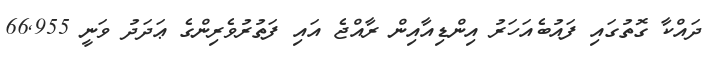
ދައްކާ ގޮތުގައި ފައުބެއަހަރު އިންޑިއާއިން ރާއްޖެ އައި ފަތުރުވެރިންގެ ޢަދަދު ވަނީ 66